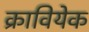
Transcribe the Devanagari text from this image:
क्रावियेक